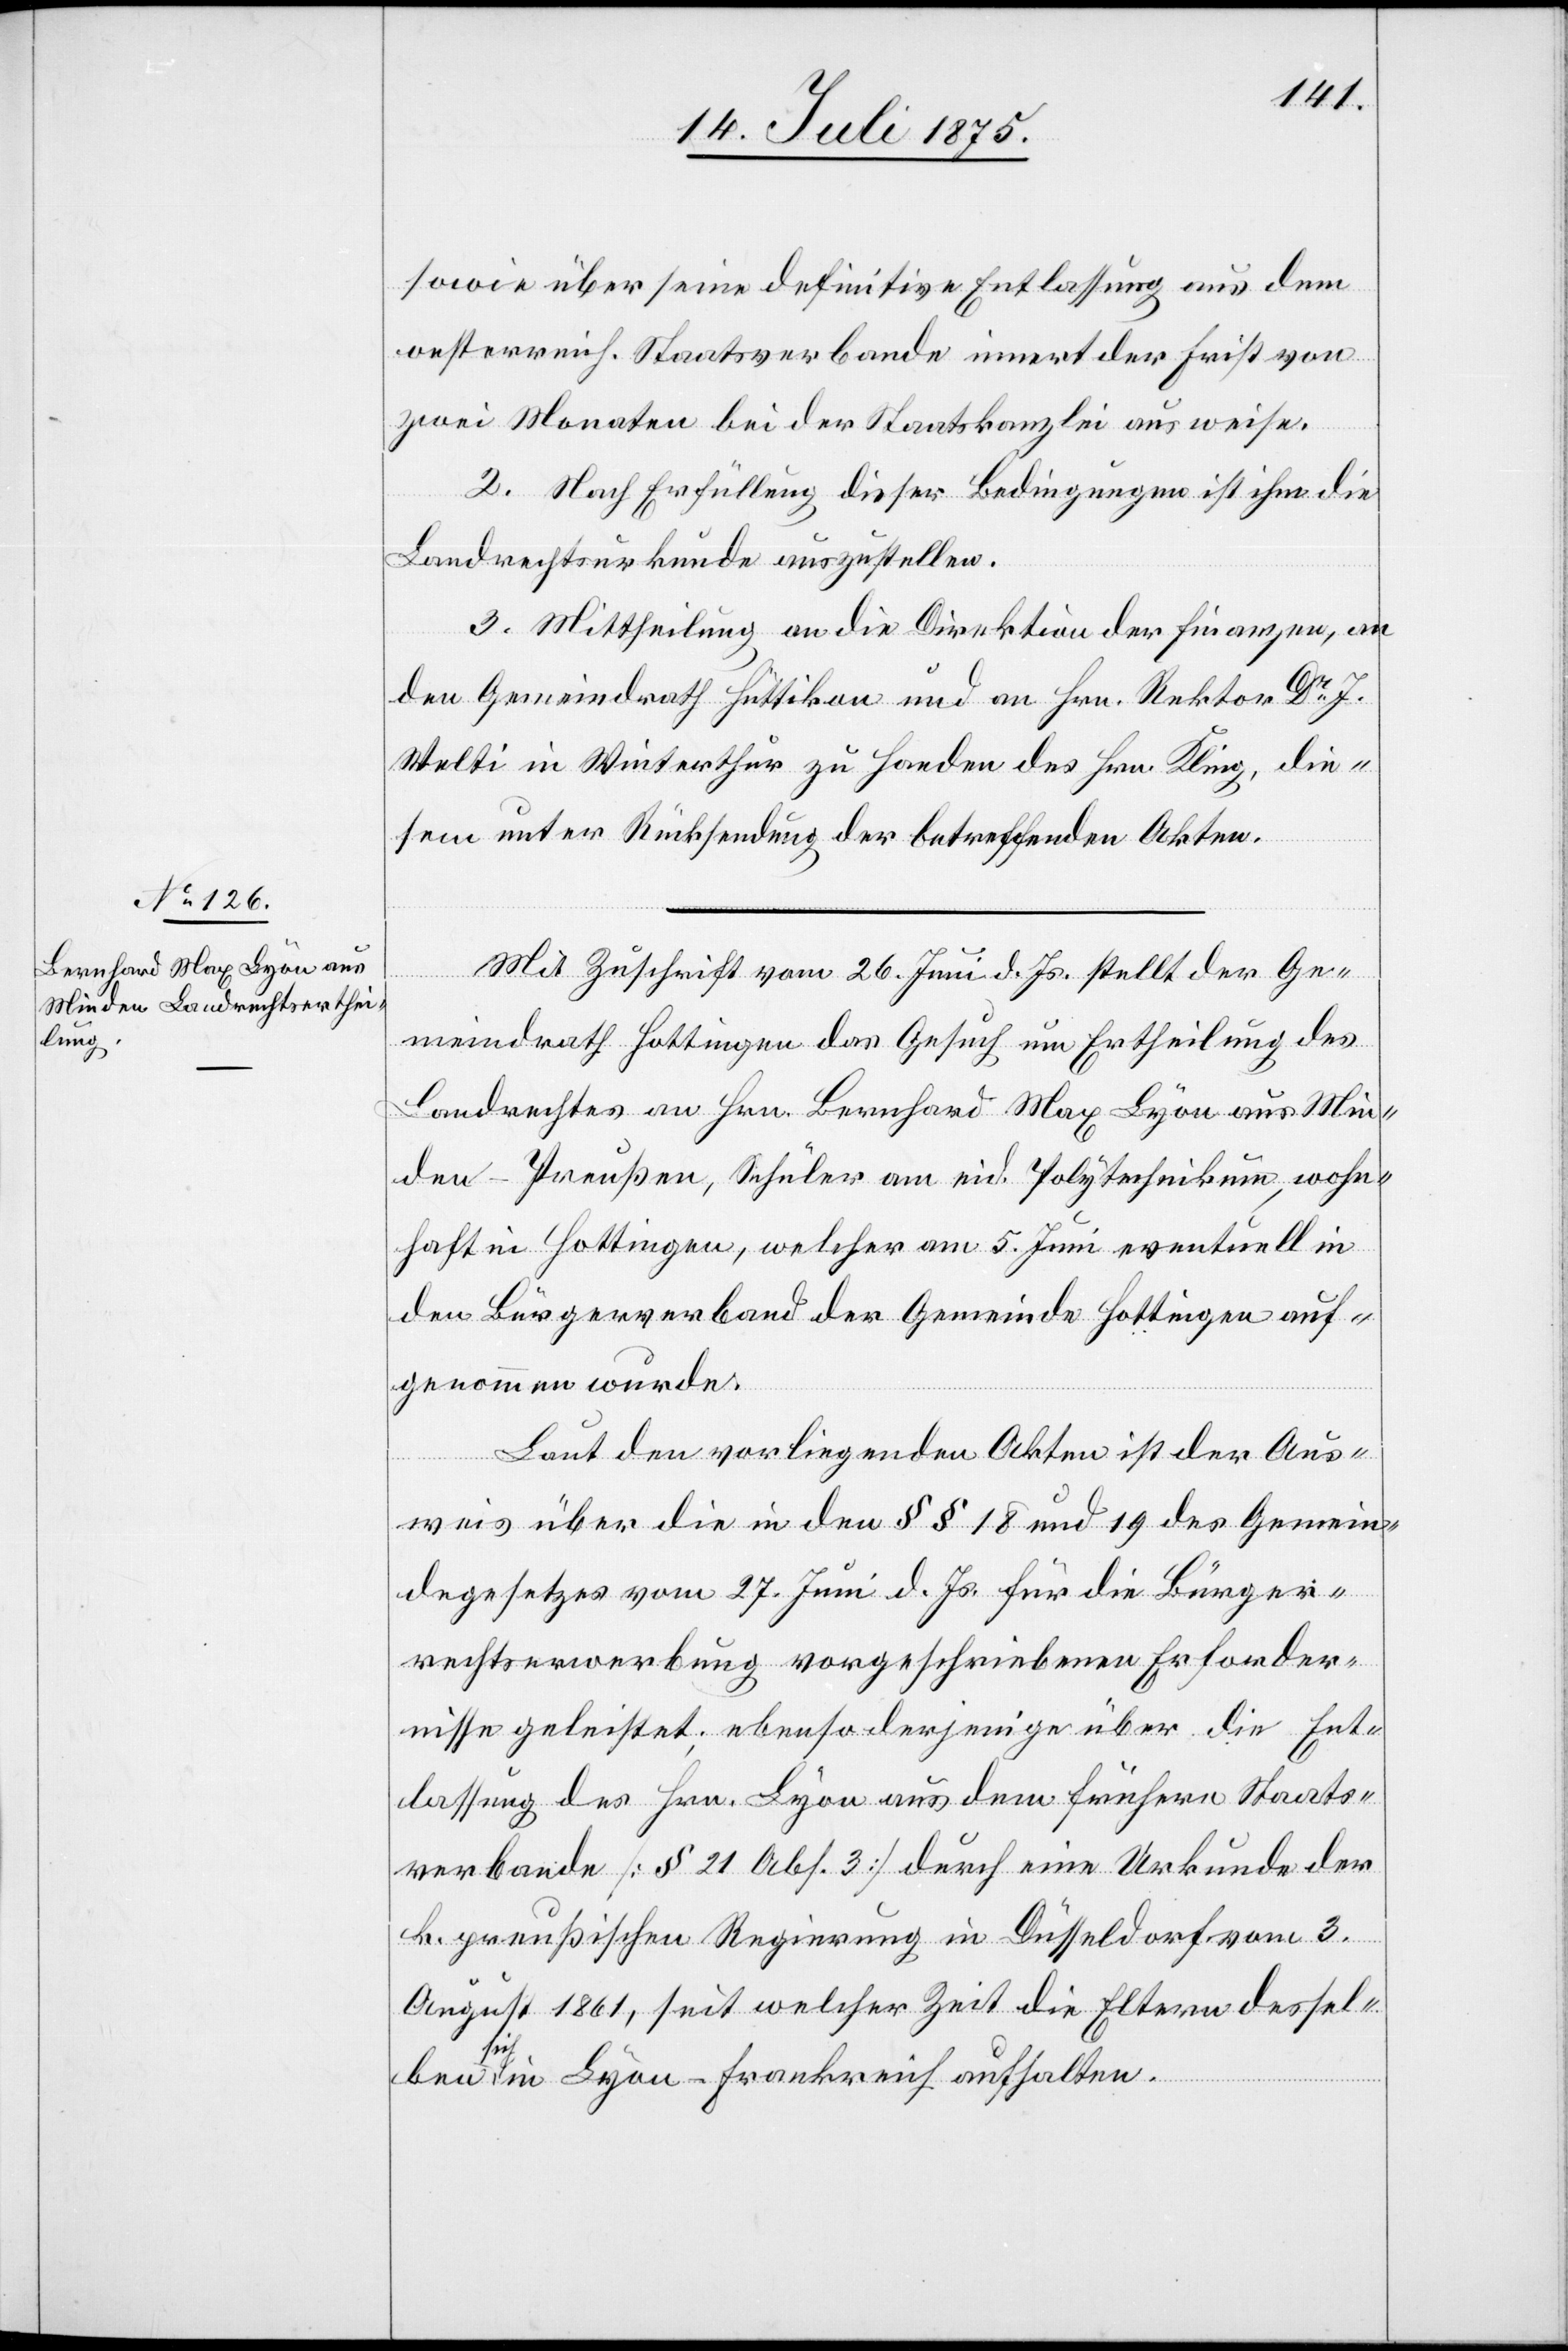
sowie über seine definitive Entlassung aus dem
oesterreich. Staatsverbande innert der Frist von
zwei Monaten bei der Staatskanzlei ausweise.
2. Nach Erfüllung dieser Bedingungen ist ihm die
Landrechtsurkunde auszustellen.
3. Mittheilung an die Direktion der Finanzen, an
den Gemeindrath Hüttikon und an Hrn. Rektor Dr J.
Welti in Winterthur zu Handen des Hrn. Kling, die¬
sem unter Rücksendung der betreffenden Akten.